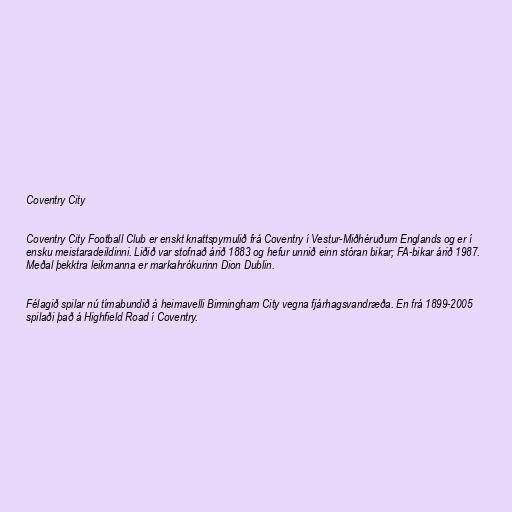
Coventry City

Coventry City Football Club er enskt knattspyrnulið frá Coventry í Vestur-Miðhéruðum Englands og er í
ensku meistaradeildinni. Liðið var stofnað árið 1883 og hefur unnið einn stóran bikar; FA-bikar árið 1987.
Meðal þekktra leikmanna er markahrókurinn Dion Dublin.

Félagið spilar nú tímabundið á heimavelli Birmingham City vegna fjárhagsvandræða. En frá 1899-2005
spilaði það á Highfield Road í Coventry.